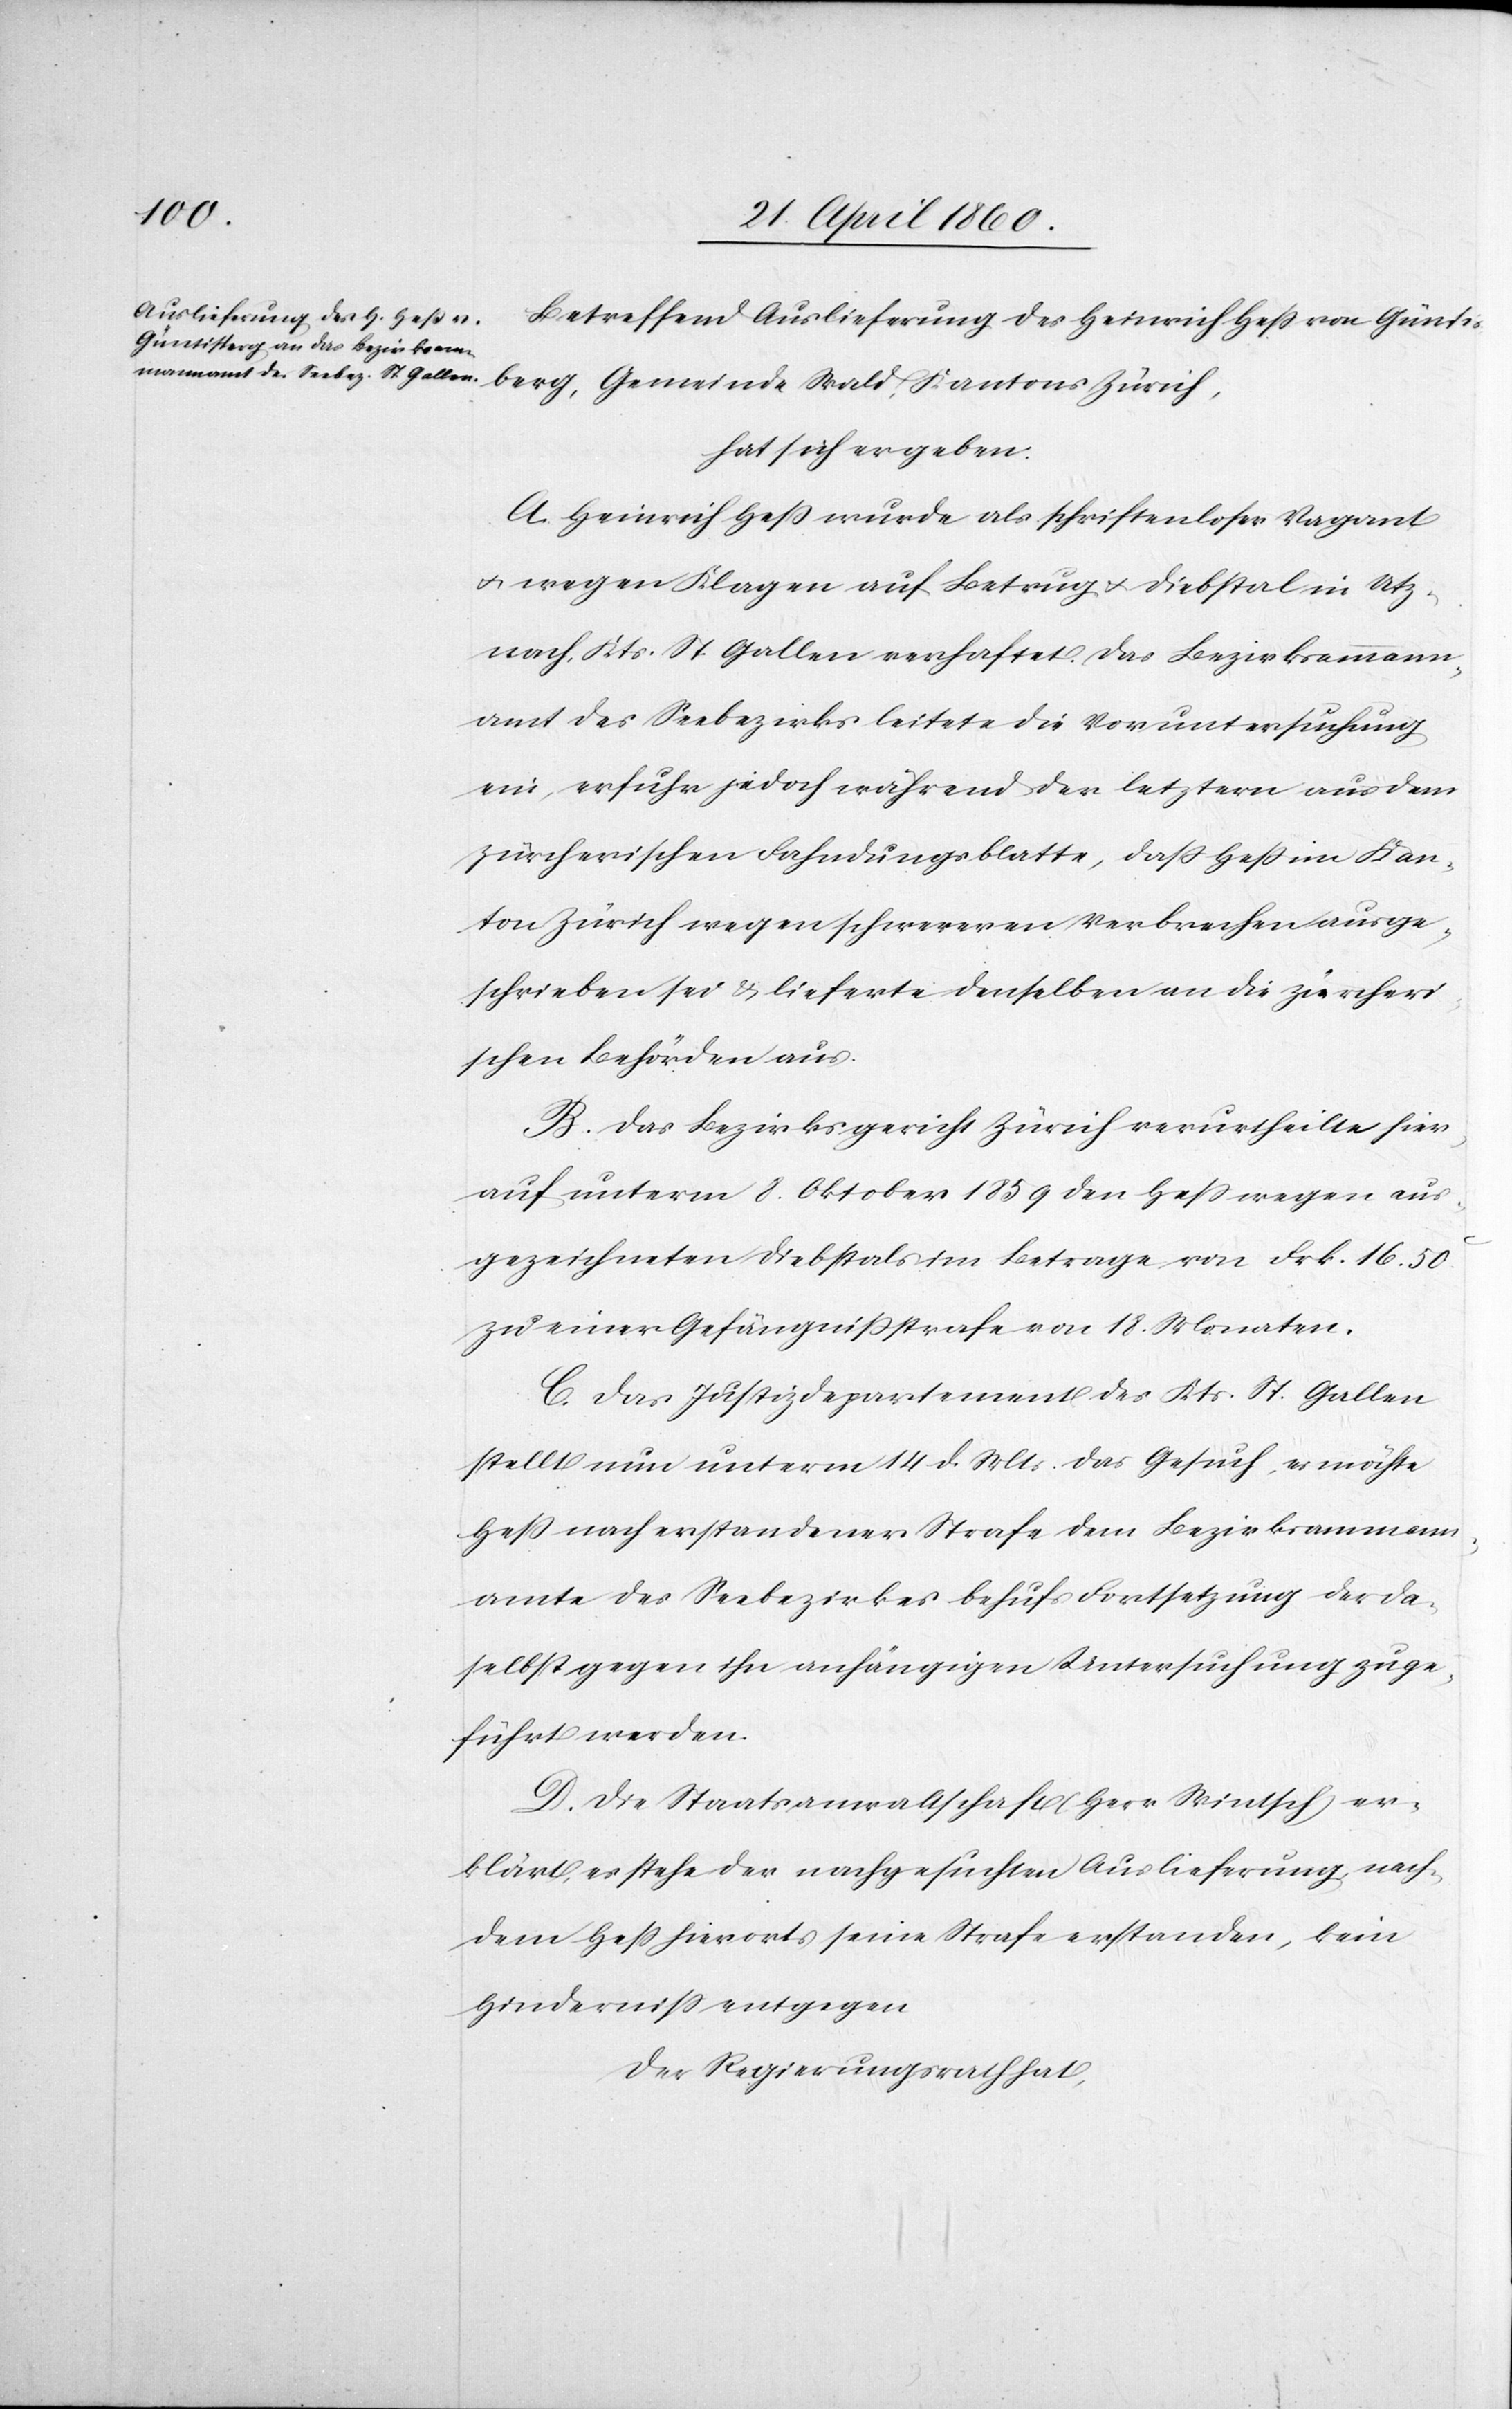
Betreffend Auslieferung des Heinrich Hess von Güntis¬
berg, Gemeinde Wald, Kantons Zürich,
hat sich ergeben:
A. Heinrich Hess wurde als schriftenloser Vagant
u. wegen Klagen auf Betrug u. Diebstal in Utz¬
nach, Kts. St. Gallen verhaftet. Das Bezirksammann¬
amt des Seebezirks leitete die Voruntersuchung
ein, erfuhr jedoch während der letztern aus dem
zürcherischen Fahndungsblatte, dass Hess im Kan¬
ton Zürich wegen schwereren Verbrechen ausge¬
schrieben sei u. lieferte denselben an die zürcheri¬
schen Behörden aus.
B. Das Bezirksgericht Zürich verurtheilte hier¬
auf unterm 8. Oktober 1859 den Hess wegen aus¬
gezeichneten Diebstals im Betrage von Frk. 16. 50C
zu einer Gefängnissstrafe von 18. Monaten.
C. Das Justizdepartement des Kts. St. Gallen
stellt nun unterm 14. d. Mts. das Gesuch, es möchte
Hess nach erstandener Strafe dem Bezirksammann¬
amte des Seebezirkes behufs Fortsetzung der da¬
selbst gegen ihn anhängigen Untersuchung zuge¬
führt werden.
D. Die Staatsanwaltschaft (Herr Wintsch) er¬
klärt, es stehe der nachgesuchten Auslieferung nach¬
dem Hess hierorts seine Strafe erstanden, kein
Hinderniss entgegen.
Der Regierungsrath hat,